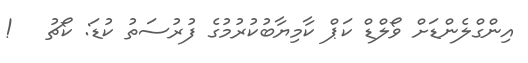
އިންގްލެންޑަށް ވޯލްޑް ކަޕް ކާމިޔާބުކުރުމުގެ ފުރުސަތު ކުޑަ: ކޯޗު   !